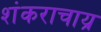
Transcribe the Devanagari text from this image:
शंकराचाय्र